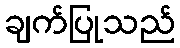
ချက်ပြုသည်